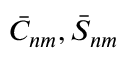
\bar { C } _ { n m } , \bar { S } _ { n m }